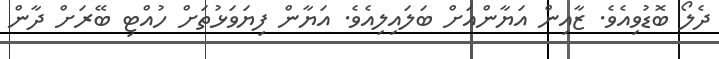
ދެލޯ ބޮޑުވިއެވެ. ޒާއިން އަޔާންއަށް ބަލައިލިއެވެ. އަޔާން ފިޔަވަޅުތަށް ހުއްޓި ބޭރަށް ދާން